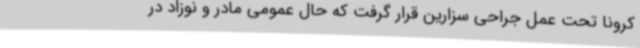
کرونا تحت عمل جراحی سزارین قرار گرفت که حال عمومی مادر و نوزاد در